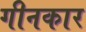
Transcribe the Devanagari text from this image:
गीनकार